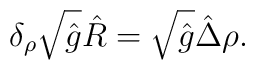
{\delta_{\rho}}\sqrt{\hat{g}}\hat{R}=\sqrt{\hat{g}}\hat{\Delta}\rho.